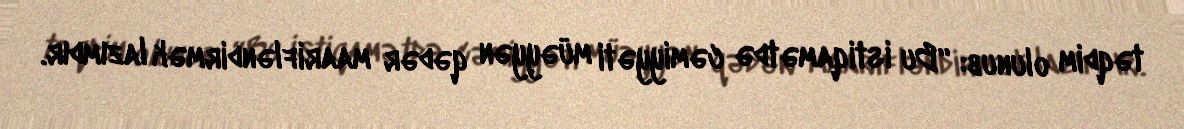
təqdim olunub: “Bu istiqamətdə cəmiyyəti müəyyən qədər maarifləndirmək lazımdır.